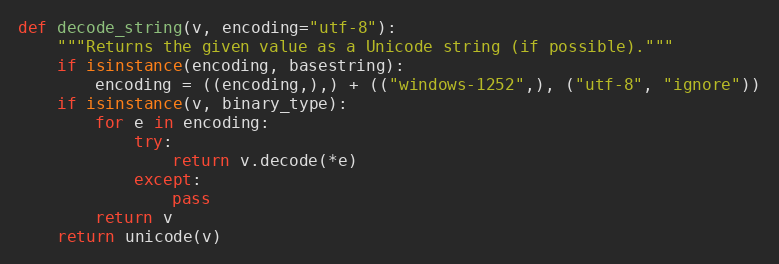
Language: Python
def decode_string(v, encoding="utf-8"):
    """Returns the given value as a Unicode string (if possible)."""
    if isinstance(encoding, basestring):
        encoding = ((encoding,),) + (("windows-1252",), ("utf-8", "ignore"))
    if isinstance(v, binary_type):
        for e in encoding:
            try:
                return v.decode(*e)
            except:
                pass
        return v
    return unicode(v)